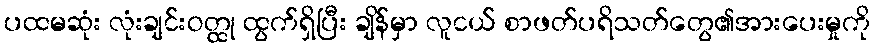
ပထမဆုံး လုံးချင်းဝတ္ထု ထွက်ရှိပြီး ချိန်မှာ လူငယ် စာဖတ်ပရိသတ်တွေ၏အားပေးမှုကို